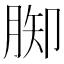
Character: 𦛪